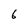
Character: 6